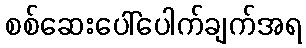
စစ်ဆေးပေါ်ပေါက်ချက်အရ